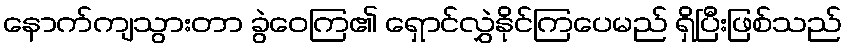
နောက်ကျသွားတာ ခွဲဝေကြ၏ ရှောင်လွှဲနိုင်ကြပေမည် ရှိပြီးဖြစ်သည်